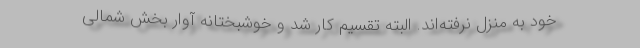
خود به منزل نرفته‌اند. البته تقسیم کار شد و خوشبختانه آوار بخش شمالی